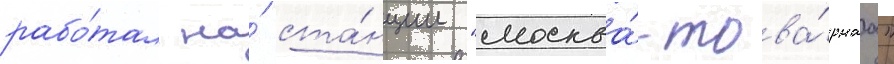
рабо́тал на́ ста́нции "москва́-това́рнаа"